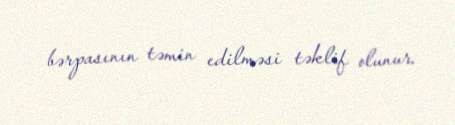
bərpasının təmin edilməsi təklif olunur.